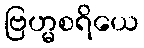
ဗြဟ္မစရိယေ